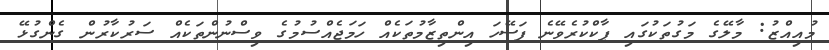
މުއިއްޒު: މާލޭގެ މަގުތަކުގައި ޕާކްކުރެވޭނެ ފަސޭހަ އިންތިޒާމުތަކެއް ހަމަޖެއްސުމުގެ ވިސްނުންތަކެއް ސަރުކާރުން ގެންގުޅޭ